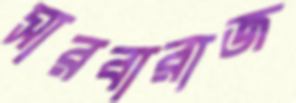
সারবারাজ